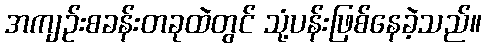
အကျဉ်းစခန်းတခုထဲတွင် သုံ့ပန်းဖြစ်နေခဲ့သည်။